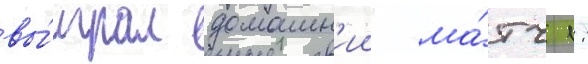
вы́играл домашн'ии ма́тч 1: